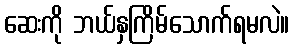
ဆေးကို ဘယ်နှကြိမ်သောက်ရမလဲ။